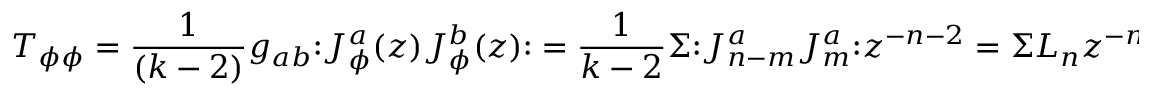
T _ { \phi \phi } = \frac { 1 } { ( k - 2 ) } g _ { a b } { \large : } J _ { \phi } ^ { a } ( z ) J _ { \phi } ^ { b } ( z ) { \large : } = \frac { 1 } { k - 2 } \Sigma { \large : } J _ { n - m } ^ { a } J _ { m } ^ { a } { \large : } z ^ { - n - 2 } = \Sigma L _ { n } z ^ { - n - 2 } ,